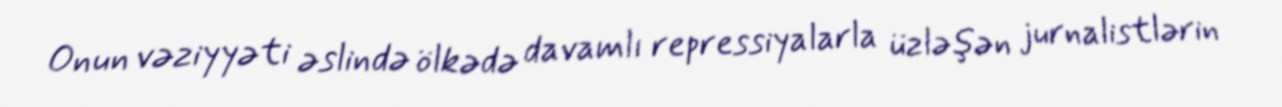
Onun vəziyyəti əslində ölkədə davamlı repressiyalarla üzləşən jurnalistlərin